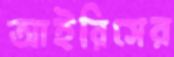
আইরিসের